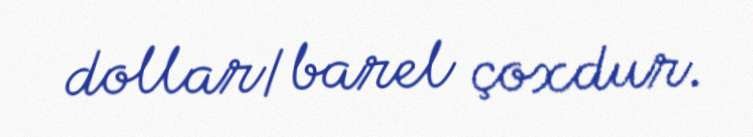
dollar/barel çoxdur.